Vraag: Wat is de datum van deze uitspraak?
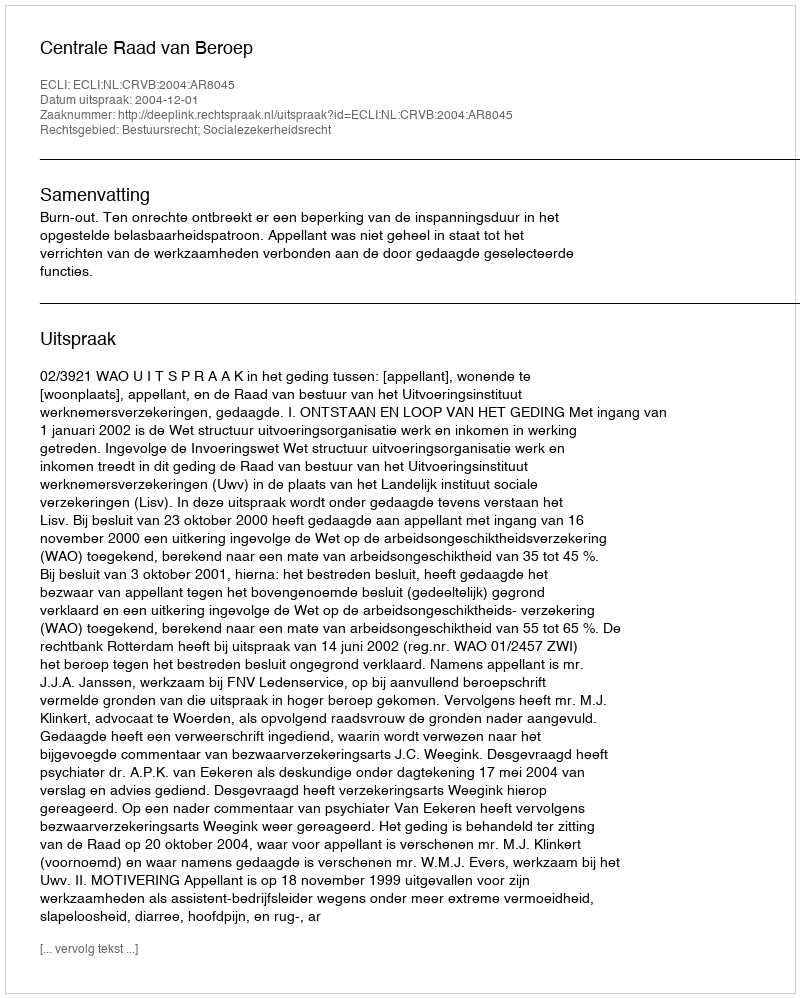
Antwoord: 2004-12-01